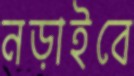
নড়াইবে